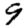
Digit: 9